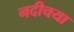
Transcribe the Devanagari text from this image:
नदीचया